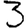
Digit: 3